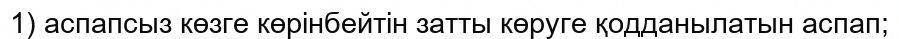
1) аспапсыз көзге көрінбейтін затты көруге қодданылатын аспап;